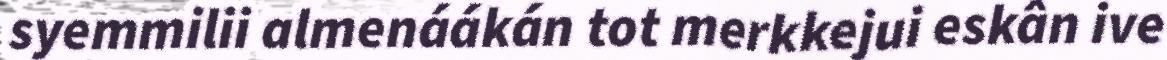
syemmilii almenáákán tot merkkejui eskân ive